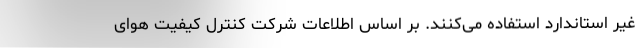
غیر استاندارد استفاده می‌کنند. بر اساس اطلاعات شرکت کنترل کیفیت هوای